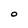
Character: O